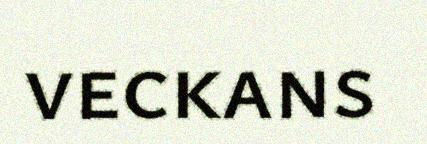
veckans